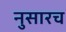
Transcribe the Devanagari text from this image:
नुसारच